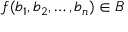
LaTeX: f ( b _ { 1 } , b _ { 2 } , \dots , b _ { n } ) \in B